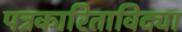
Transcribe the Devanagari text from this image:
पत्रकारिताविद्या